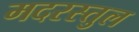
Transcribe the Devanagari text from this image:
मदरस्तुल